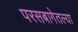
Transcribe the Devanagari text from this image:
परसबागेतल्या